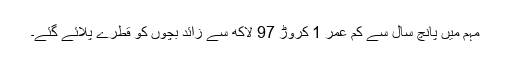
مہم میں پانچ سال سے کم عمر 1 کروڑ 97 لاکھ سے زائد بچوں کو قطرے پلائے گئے۔